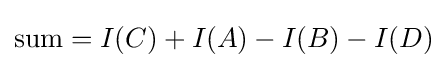
{\text{sum}}=I(C)+I(A)-I(B)-I(D)